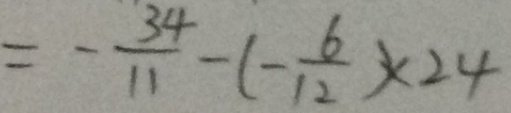
= - \frac { 3 4 } { 1 1 } - ( - \frac { 6 } { 1 2 } ) \times 2 4 .